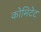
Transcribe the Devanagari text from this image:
कोमिटेट